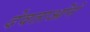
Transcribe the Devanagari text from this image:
देवताओंने